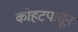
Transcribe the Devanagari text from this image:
कोहटपासून